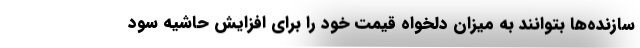
سازنده‌ها بتوانند به میزان دلخواه قیمت خود را برای افزایش حاشیه سود